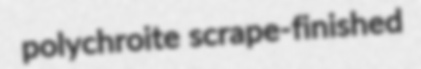
polychroite scrape-finished